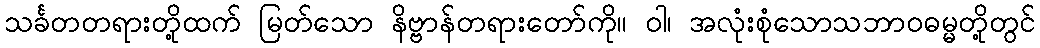
သင်္ခတတရားတို့ထက် မြတ်သော နိဗ္ဗာန်တရားတော်ကို။ ဝါ၊ အလုံးစုံသောသဘာဝဓမ္မတို့တွင်